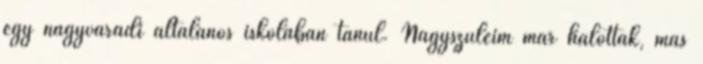
egy nagyváradi általános iskolában tanul. Nagyszüleim már halottak, más